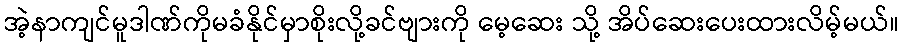
အဲ့နာကျင်မူဒါဏ်ကိုမခံနိုင်မှာစိုးလို့ခင်ဗျားကို မေ့ဆေး သို့ အိပ်ဆေးပေးထားလိမ့်မယ်။